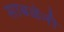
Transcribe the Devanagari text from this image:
साबळेंनी